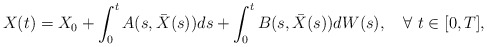
\begin{align*}X(t)=X_0 + \int_0^t A(s,\bar{X}(s)) ds + \int_0^t B(s,\bar{X}(s)) dW(s) , \quad\forall\ t\in [0,T],\end{align*}